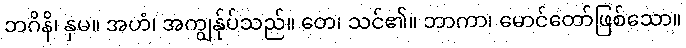
ဘဂိနိ၊ နှမ။ အဟံ၊ အကျွန်ုပ်သည်။ တေ၊ သင်၏။ ဘာကာ၊ မောင်တော်ဖြစ်သော။